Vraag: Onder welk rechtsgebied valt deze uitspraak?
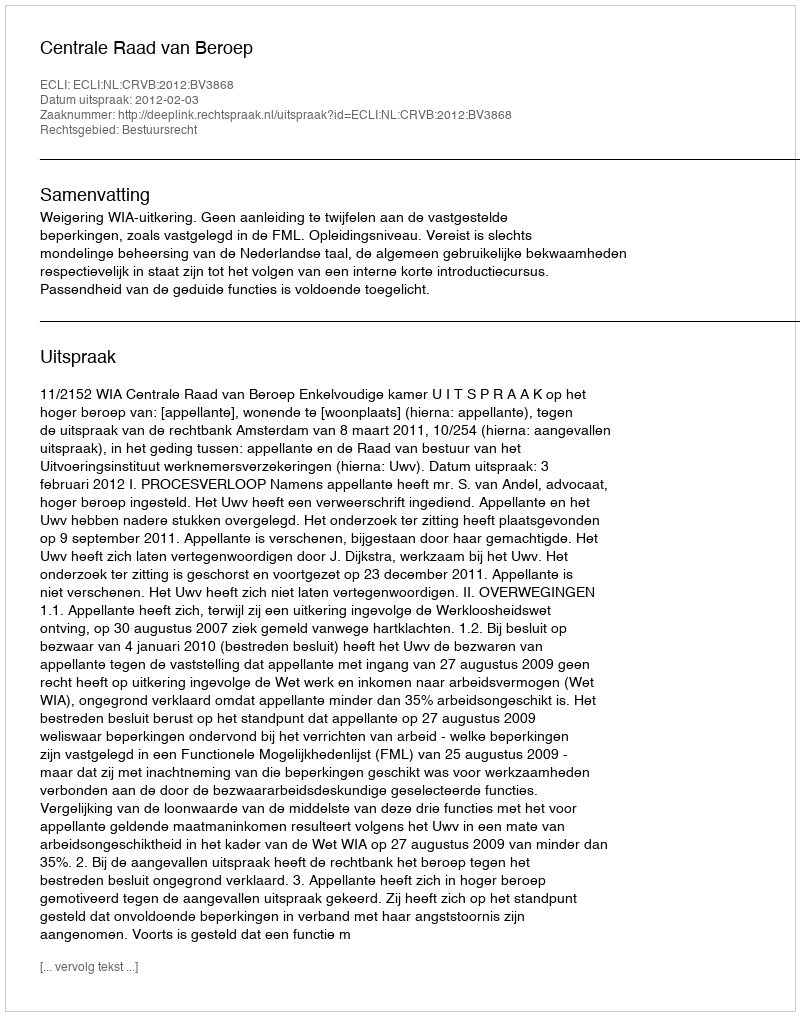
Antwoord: Bestuursrecht